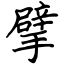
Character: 擘